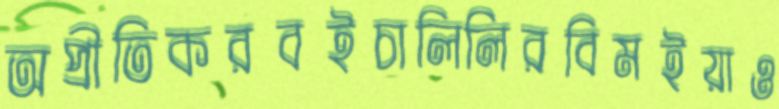
অপ্রীতিকরবইচালিলিরবিমইয়াও